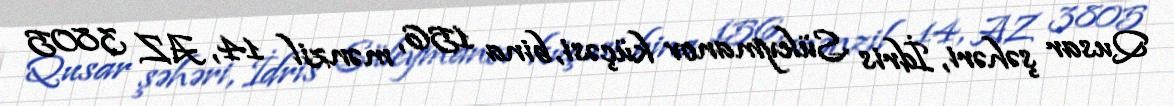
Qusar şəhəri, İdris Süleymanov küçəsi, bina 156, mənzil 14, AZ 3805